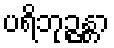
ပရိဘုဉ္ဇန္တာ